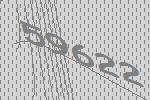
59622